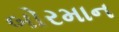
બોરમાન